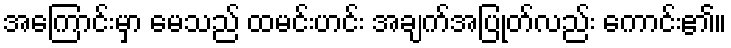
အကြောင်းမှာ မေသည် ထမင်းဟင်း အချက်အပြုတ်လည်း ကောင်း၏။